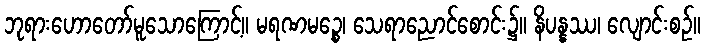
ဘုရားဟောတော်မူသောကြောင့်။ မရဏမဉ္စေ၊ သေရာညောင်စောင်း၌။ နိပန္နဿ၊ လျောင်းစဉ်။